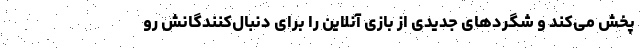
پخش می‌کند و شگردهای جدیدی از بازی آنلاین را برای دنبال‌کنندگانش رو